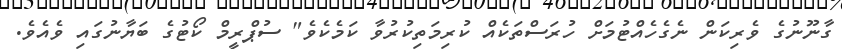
ގާނޫނުގެ ވެރިކަން ނެގެހެއްޓުމަށް ހުރަސްތަކެއް ކުރިމަތިކުރުވާ ކަމެކެވެ" ސުޕްރީމް ކޯޓުގެ ބަޔާނުގައި ވެއެވެ.